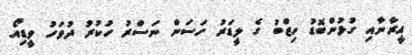
އީރާނާއި ގުޅުންބޮޑު ހިޒްބު ގެ ލީޑަރު ހަސަން ނަސްރު ހުކުރު ދުވަހު ވީޑިއޯ